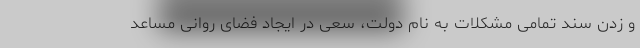
و زدن سند تمامی مشکلات به نام دولت، سعی در ایجاد فضای روانی مساعد